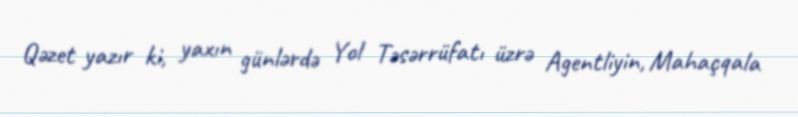
Qəzet yazır ki, yaxın günlərdə Yol Təsərrüfatı üzrə Agentliyin, Mahaçqala